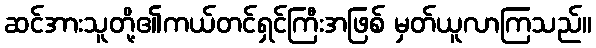
ဆင်အားသူတို့၏ကယ်တင်ရှင်ကြီးအဖြစ် မှတ်ယူလာကြသည်။